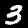
Digit: 3